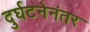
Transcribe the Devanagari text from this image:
दुर्घटनेनंतर